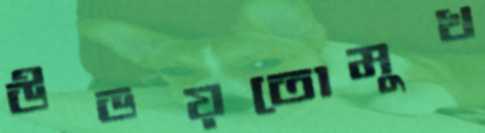
উভয়তোমুখ